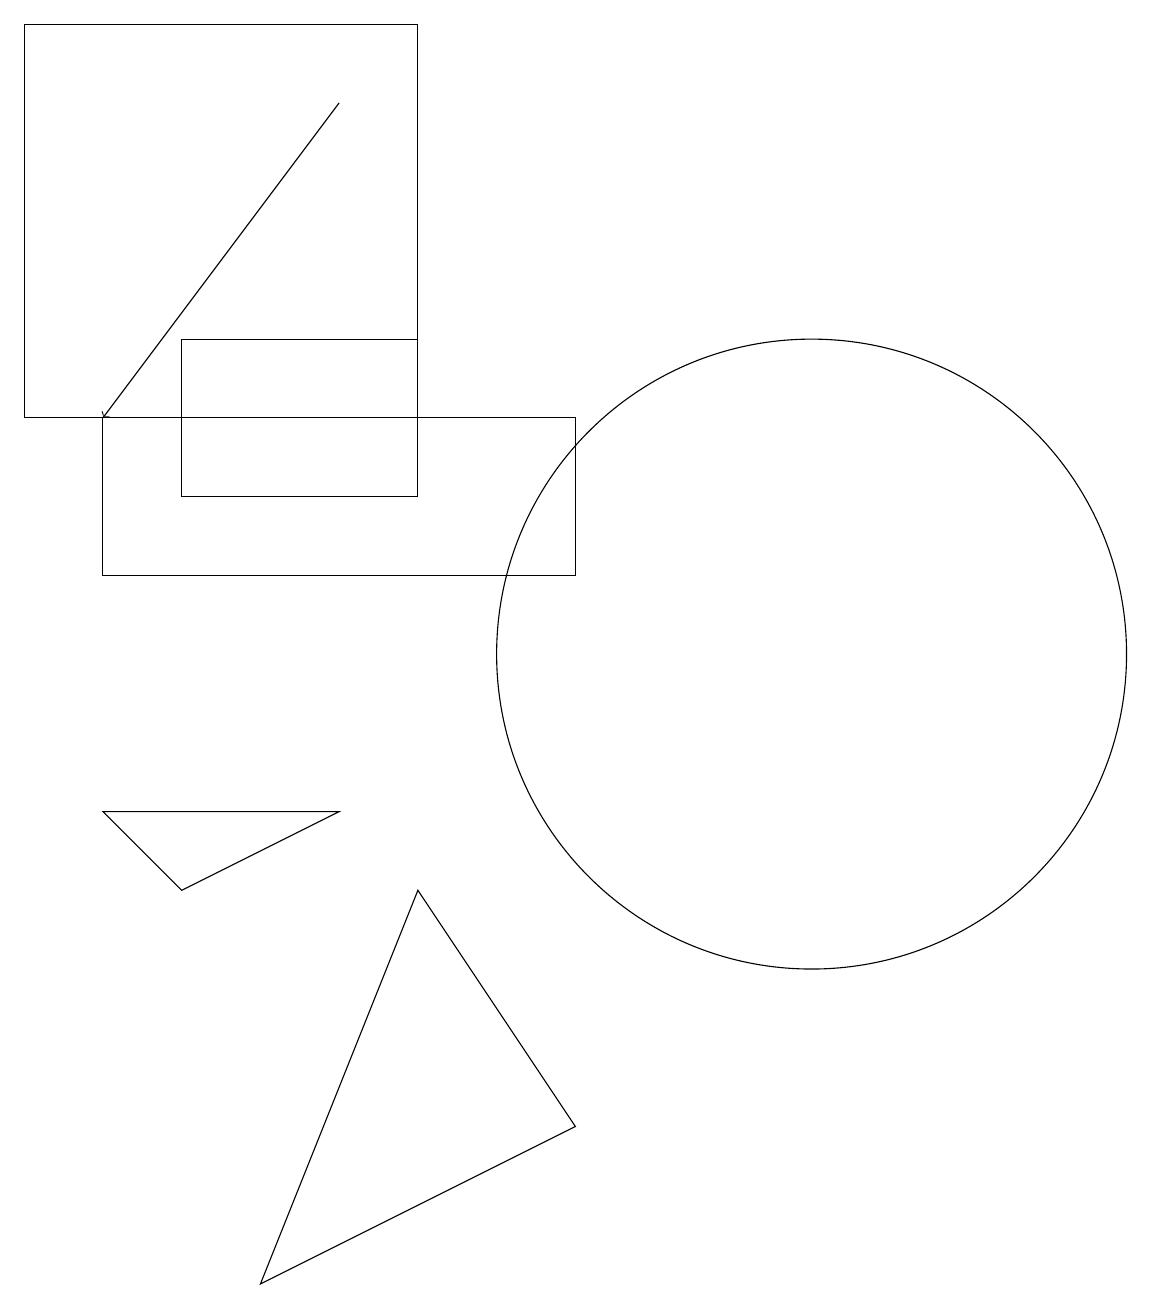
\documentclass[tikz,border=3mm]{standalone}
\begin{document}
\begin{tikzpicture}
\draw (10,11) circle (0);
\draw (7,13) rectangle (4,15);
\draw (9,5) -- (7,8) -- (5,3) -- cycle;
\draw (12,11) circle (4);
\draw (7,19) rectangle (2,14);
\draw (3,9) -- (6,9) -- (4,8) -- cycle;
\draw (3,12) rectangle (9,14);
\draw[->] (6,18) -- (3,14);
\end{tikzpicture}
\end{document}